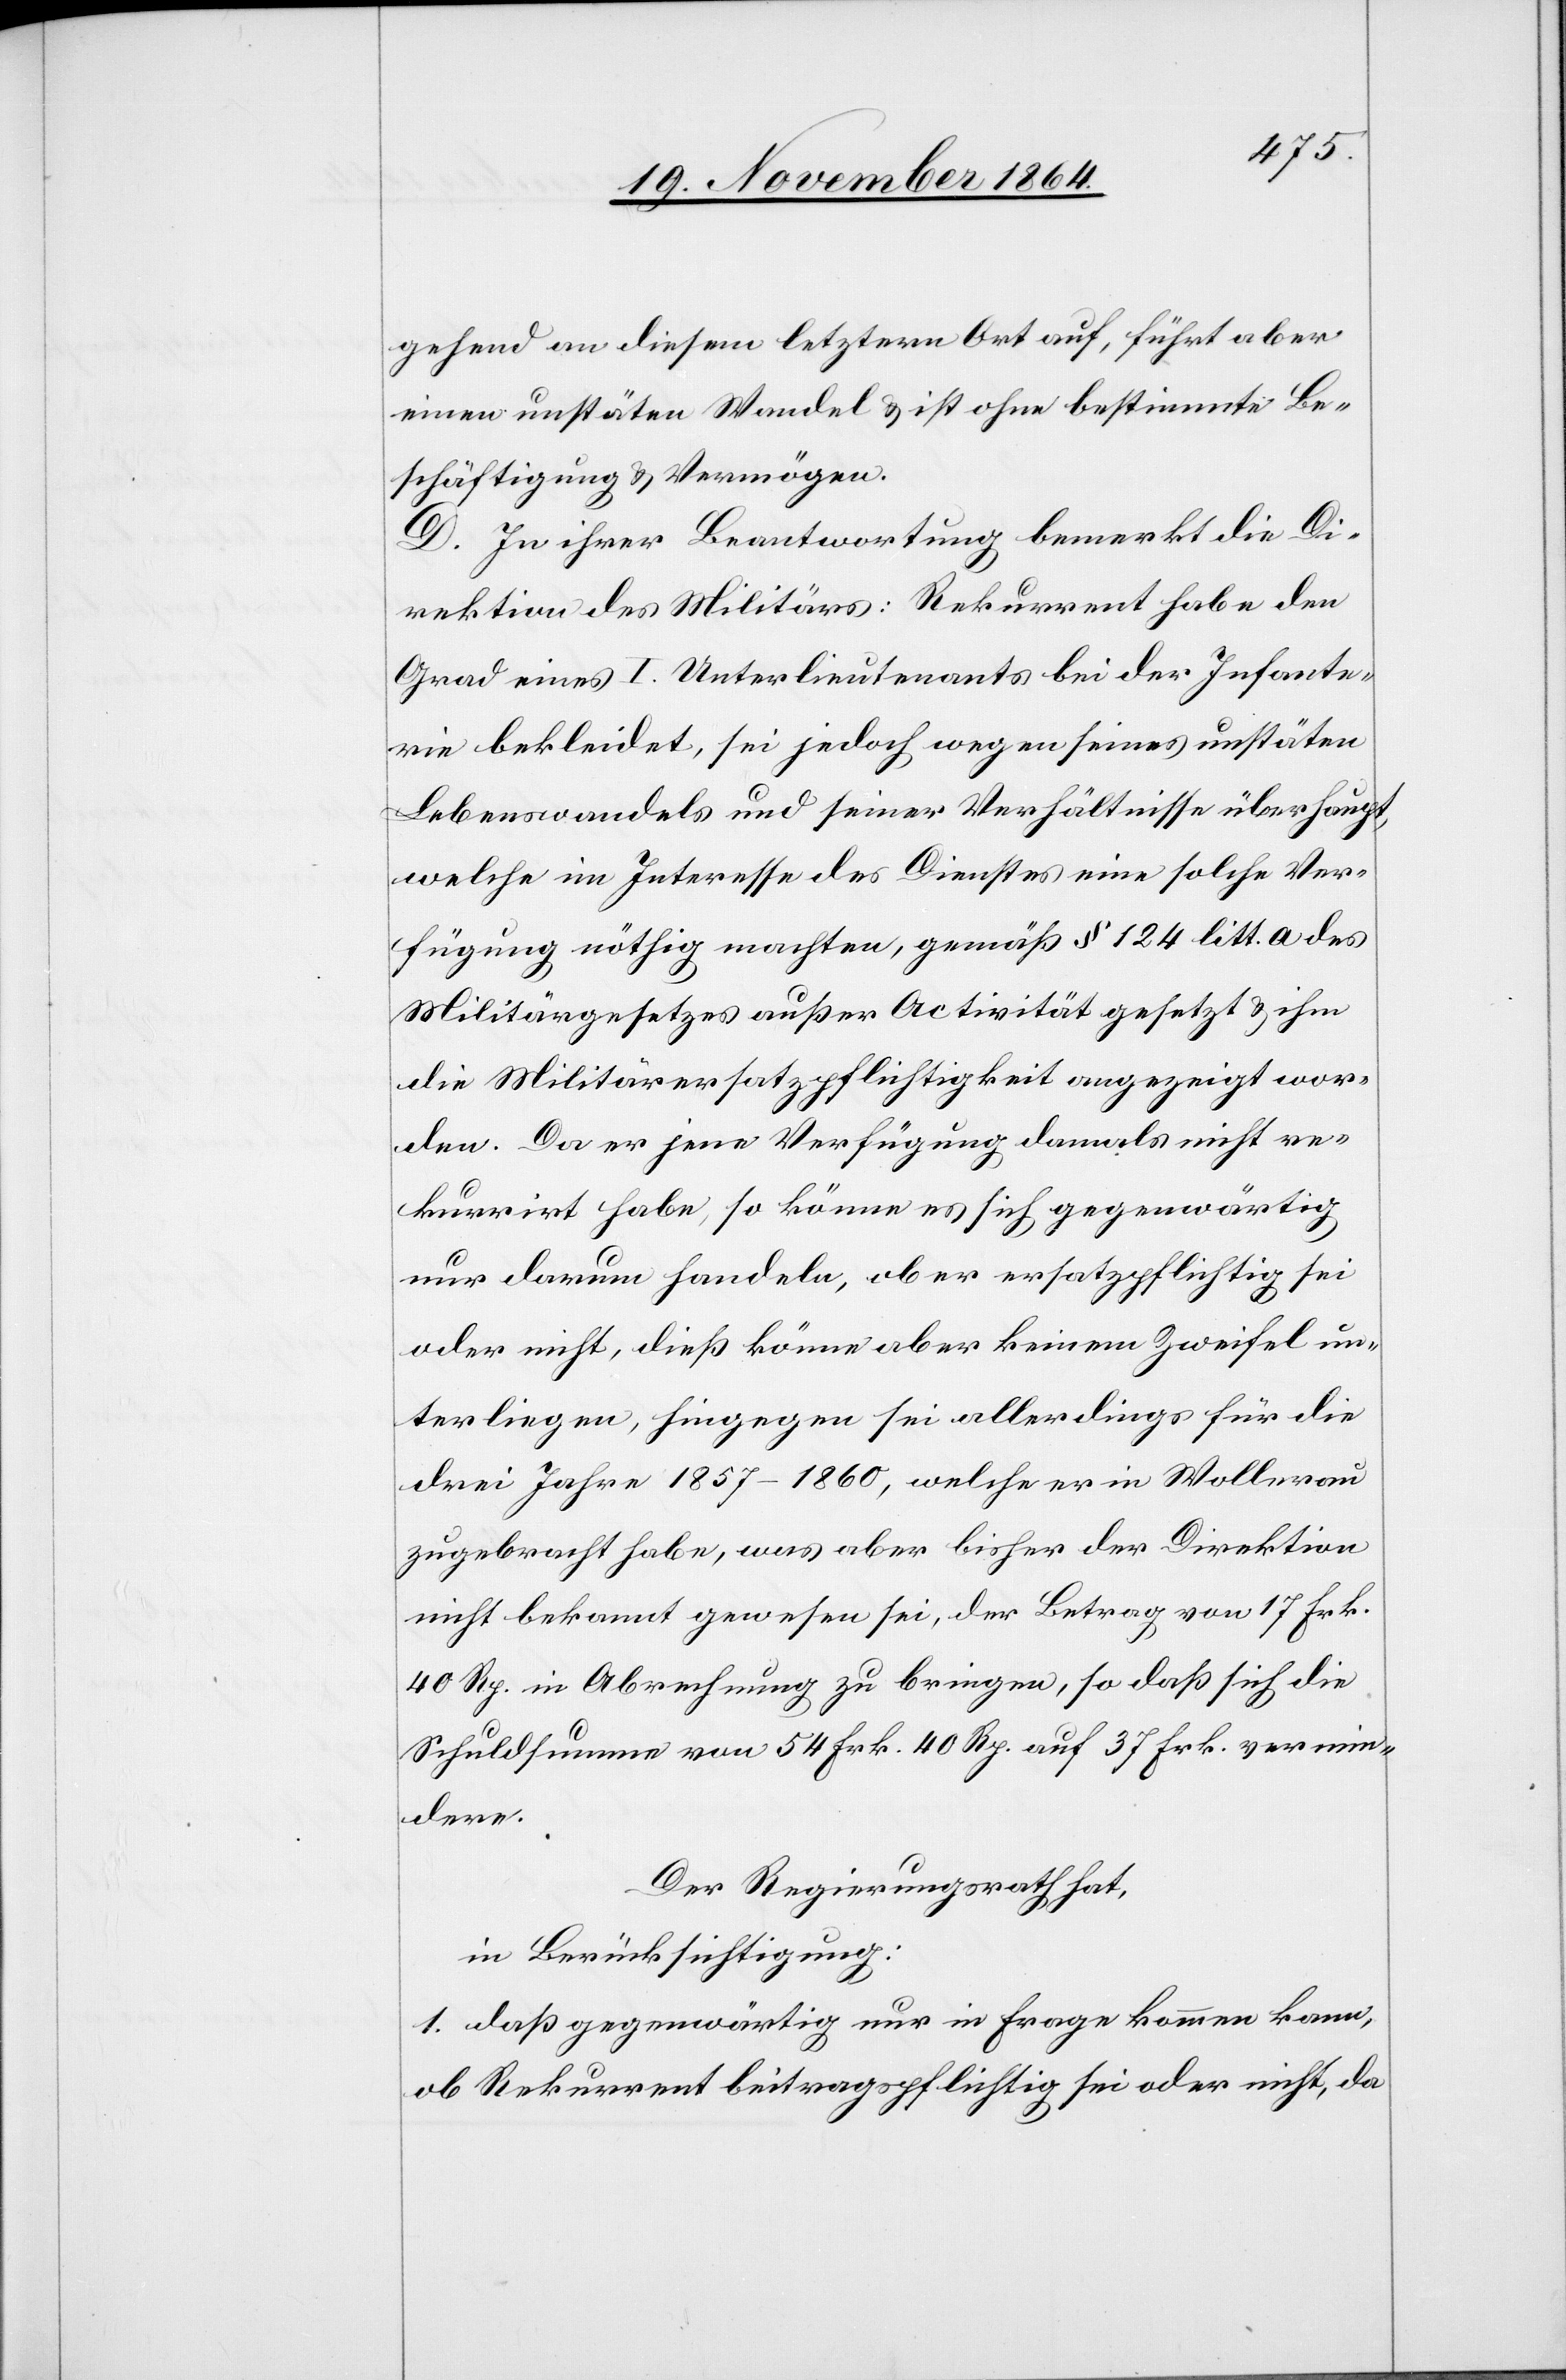
gehend an diesem letztern Ort auf, führt aber
einen unstäten Wandel & ist ohne bestimmte Be¬
schäftigung & Vermögen.
D. In ihrer Beantwortung bemerkt die Di¬
rektion des Militärs: Rekurrent habe den
Grad eines I. Unterlieutenants bei der Infante¬
rie bekleidet, sei jedoch wegen seines unstäten
Lebenswandels und seiner Verhältnisse überhaupt,
welche im Interesse des Dienstes eine solche Ver¬
fügung nöthig machten, gemäß § 124 litt. a des
Militärgesetzes außer Activität gesetzt & ihm
die Militärersatzpflichtigkeit angezeigt wor¬
den. Da er jene Verfügung damals nicht re¬
kurrirt habe, so könne es sich gegenwärtig
nur darum handeln, ob er ersatzpflichtig sei
oder nicht, dieß könne aber keinem Zweifel un¬
terliegen, hingegen sei allerdings für die
drei Jahre 1857–1860, welche er in Wollerau
zugebracht habe, was aber bisher der Direktion
nicht bekannt gewesen sei, der Betrag von 17 Frk.
40 Rp. in Abrechnung zu bringen, so daß sich die
Schuldsumme von 54 Frk. 40 Rp. auf 37 Frk. vermin¬
dere.
Der Regierungsrath hat,
in Berücksichtigung:
1. daß gegenwärtig nur in Frage kommen kann,
ob Rekurrent beitragspflichtig sei oder nicht, da